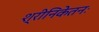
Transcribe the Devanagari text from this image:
श्रीनिकेतनः